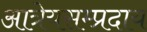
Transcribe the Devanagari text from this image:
आत्रेयसम्प्रदाय